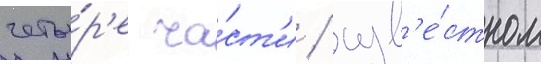
четы́р'е ча́ст'и / изв'е́стном